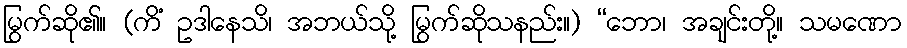
မြွက်ဆို၏။ (ကိံ ဥဒါနေသိ၊ အဘယ်သို့ မြွက်ဆိုသနည်း။) “ဘော၊ အချင်းတို့။ သမဏော